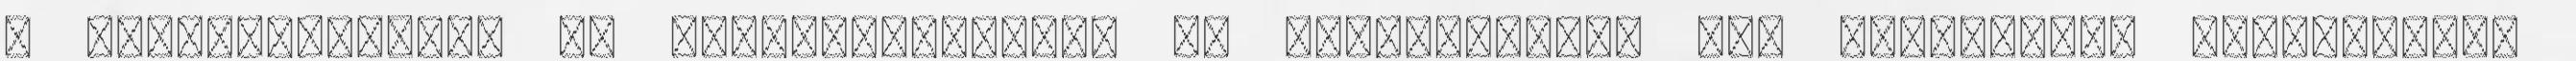
a képviselőknek, az önkormányzatnak és mindenkinek, aki munkájával hozzájárult